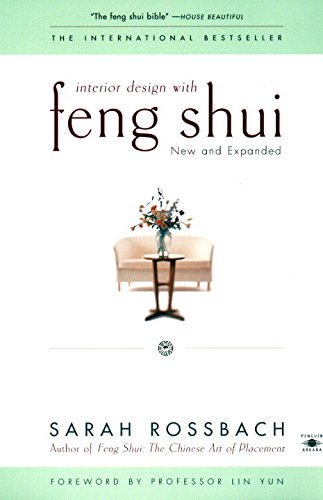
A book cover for Interior Design with Feng Shui: New and Expanded (Compass); Sarah  Rossbach; Religion & Spirituality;